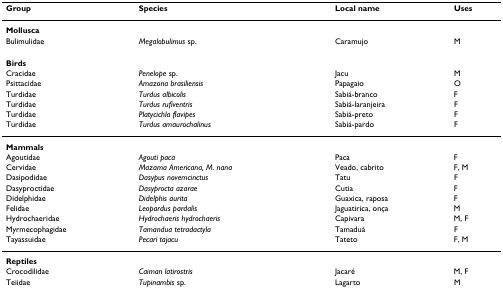
<table><thead><tr><td><b>Group</b></td><td><b>Species</b></td><td><b>Local name</b></td><td><b>Uses</b></td></tr></thead><tbody><tr><td><b>Mollusca</b></td><td></td><td></td><td></td></tr><tr><td>Bulimulidae</td><td><i>Megalobulimus </i>sp.</td><td>Caramujo</td><td>M</td></tr><tr><td><b>Birds</b></td><td></td><td></td><td></td></tr><tr><td>Cracidae</td><td><i>Penelope </i>sp.</td><td>Jacu</td><td>M</td></tr><tr><td>Psittacidae</td><td><i>Amazona brasiliensis</i></td><td>Papagaio</td><td>O</td></tr><tr><td>Turdidae</td><td><i>Turdus albicolis</i></td><td>Sabiá-branco</td><td>F</td></tr><tr><td>Turdidae</td><td><i>Turdus rufiventris</i></td><td>Sabiá-laranjeira</td><td>F</td></tr><tr><td>Turdidae</td><td><i>Platycichla flavipes</i></td><td>Sabiá-preto</td><td>F</td></tr><tr><td>Turdidae</td><td><i>Turdus amaurochalinus</i></td><td>Sabiá-pardo</td><td>F</td></tr><tr><td><b>Mammals</b></td><td></td><td></td><td></td></tr><tr><td>Agoutidae</td><td><i>Agouti paca</i></td><td>Paca</td><td>F</td></tr><tr><td>Cervidae</td><td><i>Mazama Americana, M. nana</i></td><td>Veado, cabrito</td><td>F, M</td></tr><tr><td>Dasipodidae</td><td><i>Dasypus novemcinctus</i></td><td>Tatu</td><td>F</td></tr><tr><td>Dasyproctidae</td><td><i>Dasyprocta azarae</i></td><td>Cutia</td><td>F</td></tr><tr><td>Didelphidae</td><td><i>Didelphis aurita</i></td><td>Guaxica, raposa</td><td>F</td></tr><tr><td>Felidae</td><td><i>Leopardus pardalis</i></td><td>Jaguatirica, onça</td><td>M</td></tr><tr><td>Hydrochaeridae</td><td><i>Hydrochaeris hydrochaeris</i></td><td>Capivara</td><td>M, F</td></tr><tr><td>Myrmecophagidae</td><td><i>Tamandua tetradactyla</i></td><td>Tamaduá</td><td>F</td></tr><tr><td>Tayassuidae</td><td><i>Pecari tajacu</i></td><td>Tateto</td><td>F, M</td></tr><tr><td><b>Reptiles</b></td><td></td><td></td><td></td></tr><tr><td>Crocodilidae</td><td><i>Caiman latirostris</i></td><td>Jacaré</td><td>M, F</td></tr><tr><td>Teiidae</td><td><i>Tupinambis </i>sp.</td><td>Lagarto</td><td>M</td></tr></tbody></table>